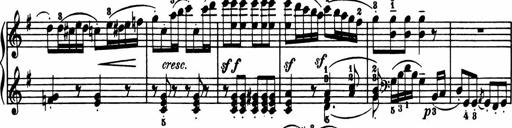
Title: Sonatina in G major
Composer: Friedrich Kuhlau
Key: G major